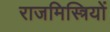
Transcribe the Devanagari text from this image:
राजमिस्त्रियों